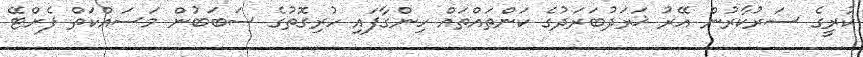
ކުރީގެ ސަރުކާރުން އޭރު ޚަރަދުބަރަދުގެ ކަންތައްތައް ހިންގާފައި ހުރިގޮތުގެ ސަބަބުން މަސައްކަތް ފެށްޓޭ